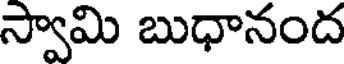
స్వామి బుధానంద